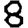
Digit: 8